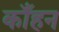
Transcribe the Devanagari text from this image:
काँहन